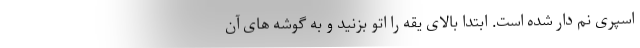
اسپری نم دار شده است. ابتدا بالای یقه را اتو بزنید و به گوشه های آن